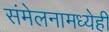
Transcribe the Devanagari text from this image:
संमेलनामध्येही